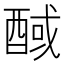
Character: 𰼊